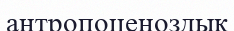
антропоценоздық